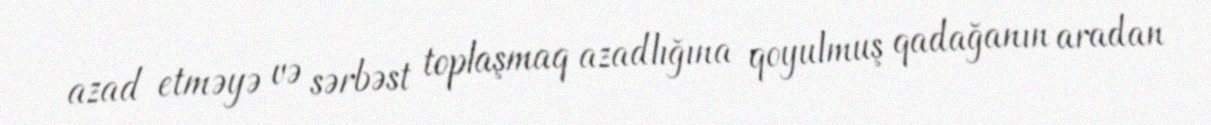
azad etməyə və sərbəst toplaşmaq azadlığına qoyulmuş qadağanın aradan